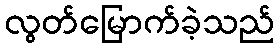
လွတ်မြောက်ခဲ့သည်